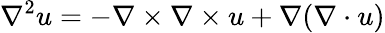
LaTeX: \nabla^{2}u=-\nabla\times\nabla\times u+\nabla(\nabla\cdot u)